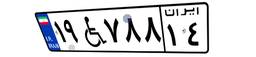
۱۹W۷۸۸۱۴